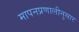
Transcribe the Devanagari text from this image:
मापनप्रणालीनुसार